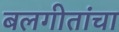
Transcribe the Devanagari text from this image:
बलगीतांचा